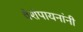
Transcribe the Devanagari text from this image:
वैशंपायनांनी